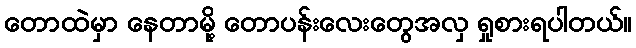
တောထဲမှာ နေတာမို့ တောပန်းလေးတွေအလှ ရှုစားရပါတယ်။